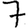
Digit: 7